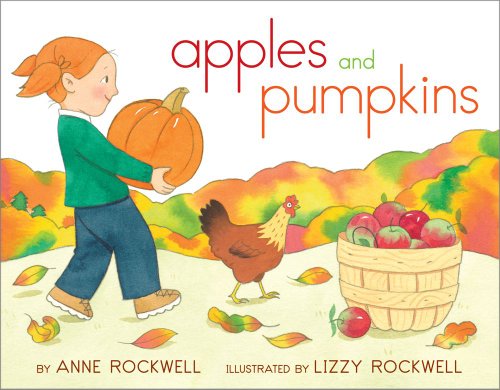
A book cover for Apples and Pumpkins; Anne Rockwell; Children's Books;